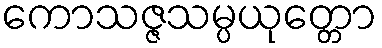
ကောသဇ္ဇသမ္ပယုတ္တော